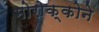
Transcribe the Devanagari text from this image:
मोरोक्कोने